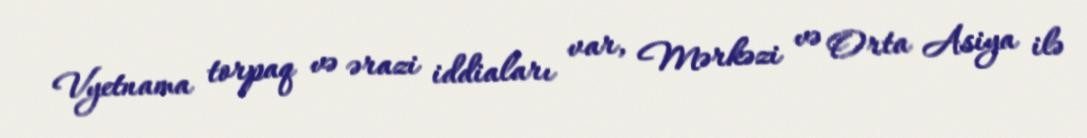
Vyetnama torpaq və ərazi iddiaları var, Mərkəzi və Orta Asiya ilə